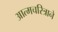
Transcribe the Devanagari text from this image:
आत्मचरित्राने